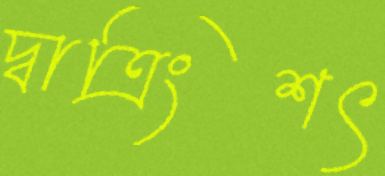
দ্বাত্রিংশৎ